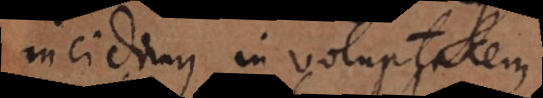
incidimus in voluptatem